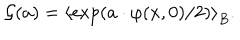
LaTeX: \mathcal { G } ( a ) = \left\langle \exp ( a \cdot \varphi ( x , 0 ) / 2 ) \right\rangle _ { B } .